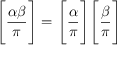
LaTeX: { \Bigg [ } { \frac { \alpha \beta } { \pi } } { \Bigg ] } = { \Bigg [ } { \frac { \alpha } { \pi } } { \Bigg ] } { \Bigg [ } { \frac { \beta } { \pi } } { \Bigg ] }